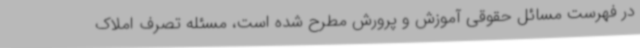
در فهرست مسائل حقوقی آموزش و پرورش مطرح شده است، مسئله تصرف املاک